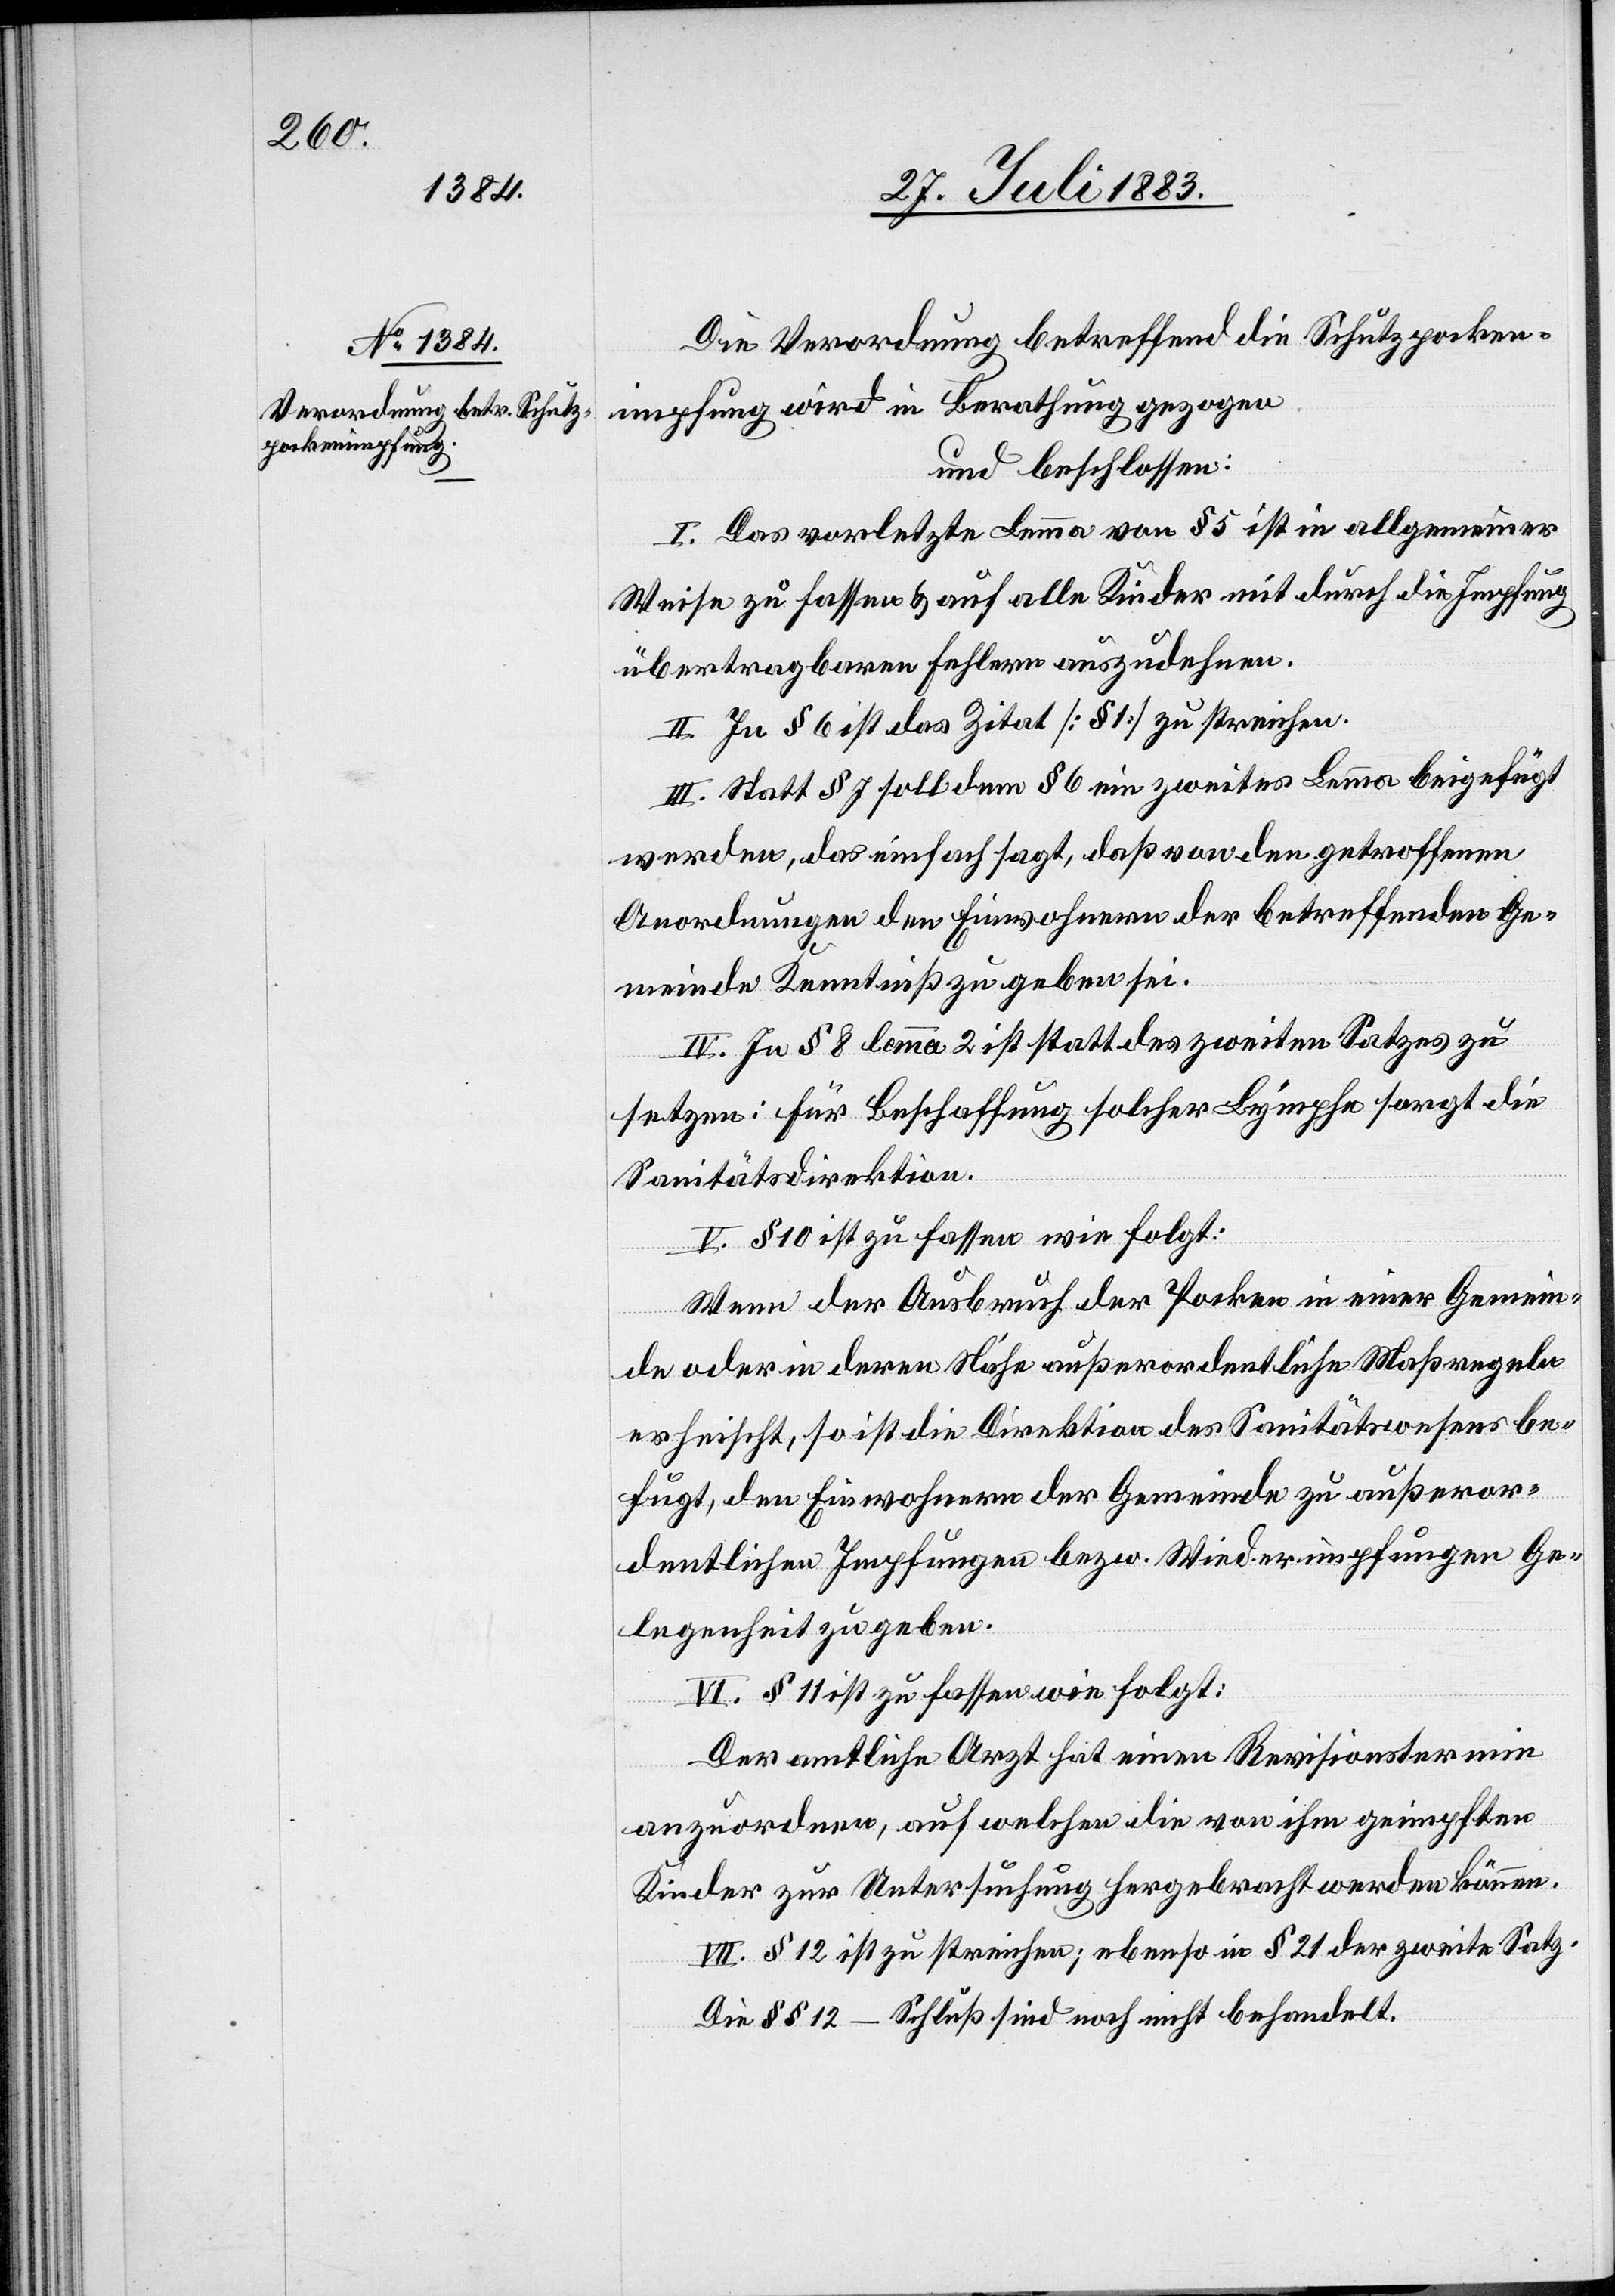
Die Verordnung betreffend die Schutzpocken¬
impfung wird in Berathung gezogen
und beschlossen:
I. Das vorletzte Lemma von § 5 ist in allgemeiner
Weise zu fassen & auf alle Kinder mit durch die Impfung
übertragbaren Fehlern auszudehnen.
II. In § 6 ist das Zitat [§ 1] zu streichen.
III. Statt § 7 soll dem § 6 ein zweites Lemma beigefügt
werden, das einfach sagt, daß von den getroffenen
Anordnungen den Einwohnern der betreffenden Ge¬
meinden Kenntniß zu geben sei.
IV. In § 8 lemma 2 ist statt des zweiten Satzes zu
setzen: für Beschaffung solcher Lymphe sorgt die
Sanitätsdirektion.
V. § 10 ist zu fassen wie folgt:
Wenn der Ausbruch der Pocken in einer Gemein¬
de oder in deren Nähe außerordentliche Maßregeln
erheischt, so ist die Direktion des Sanitätswesens be¬
fugt, den Einwohnern der Gemeinde zu außeror¬
dentlichen Impfungen bezw. Wiederimpfungen Ge¬
legenheit zu geben.
VI. § 11 ist zu fassen wie folgt:
Der amtliche Arzt hat einen Revisionstermin
anzuordnen, auf welchen die von ihm geimpften
Kinder zur Untersuchung hergebracht werden können.
VII. § 12 ist zu streichen; ebenso in § 21 der zweite Satz.
Die §§ 23–Schluß sind noch nicht behandelt.